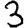
Digit: 3